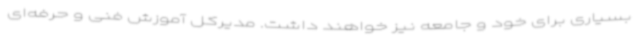
بسیاری برای خود و جامعه نیز خواهند داشت. مدیرکل آموزش فنی و حرفه‌ای